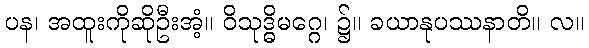
ပန၊ အထူးကိုဆိုဦးအံ့။ ဝိသုဒ္ဓိမဂ္ဂေ၊ ၌။ ခယာနုပဿနာတိ။ လ။